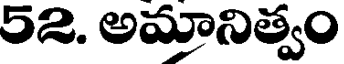
52. అమానిత్వం